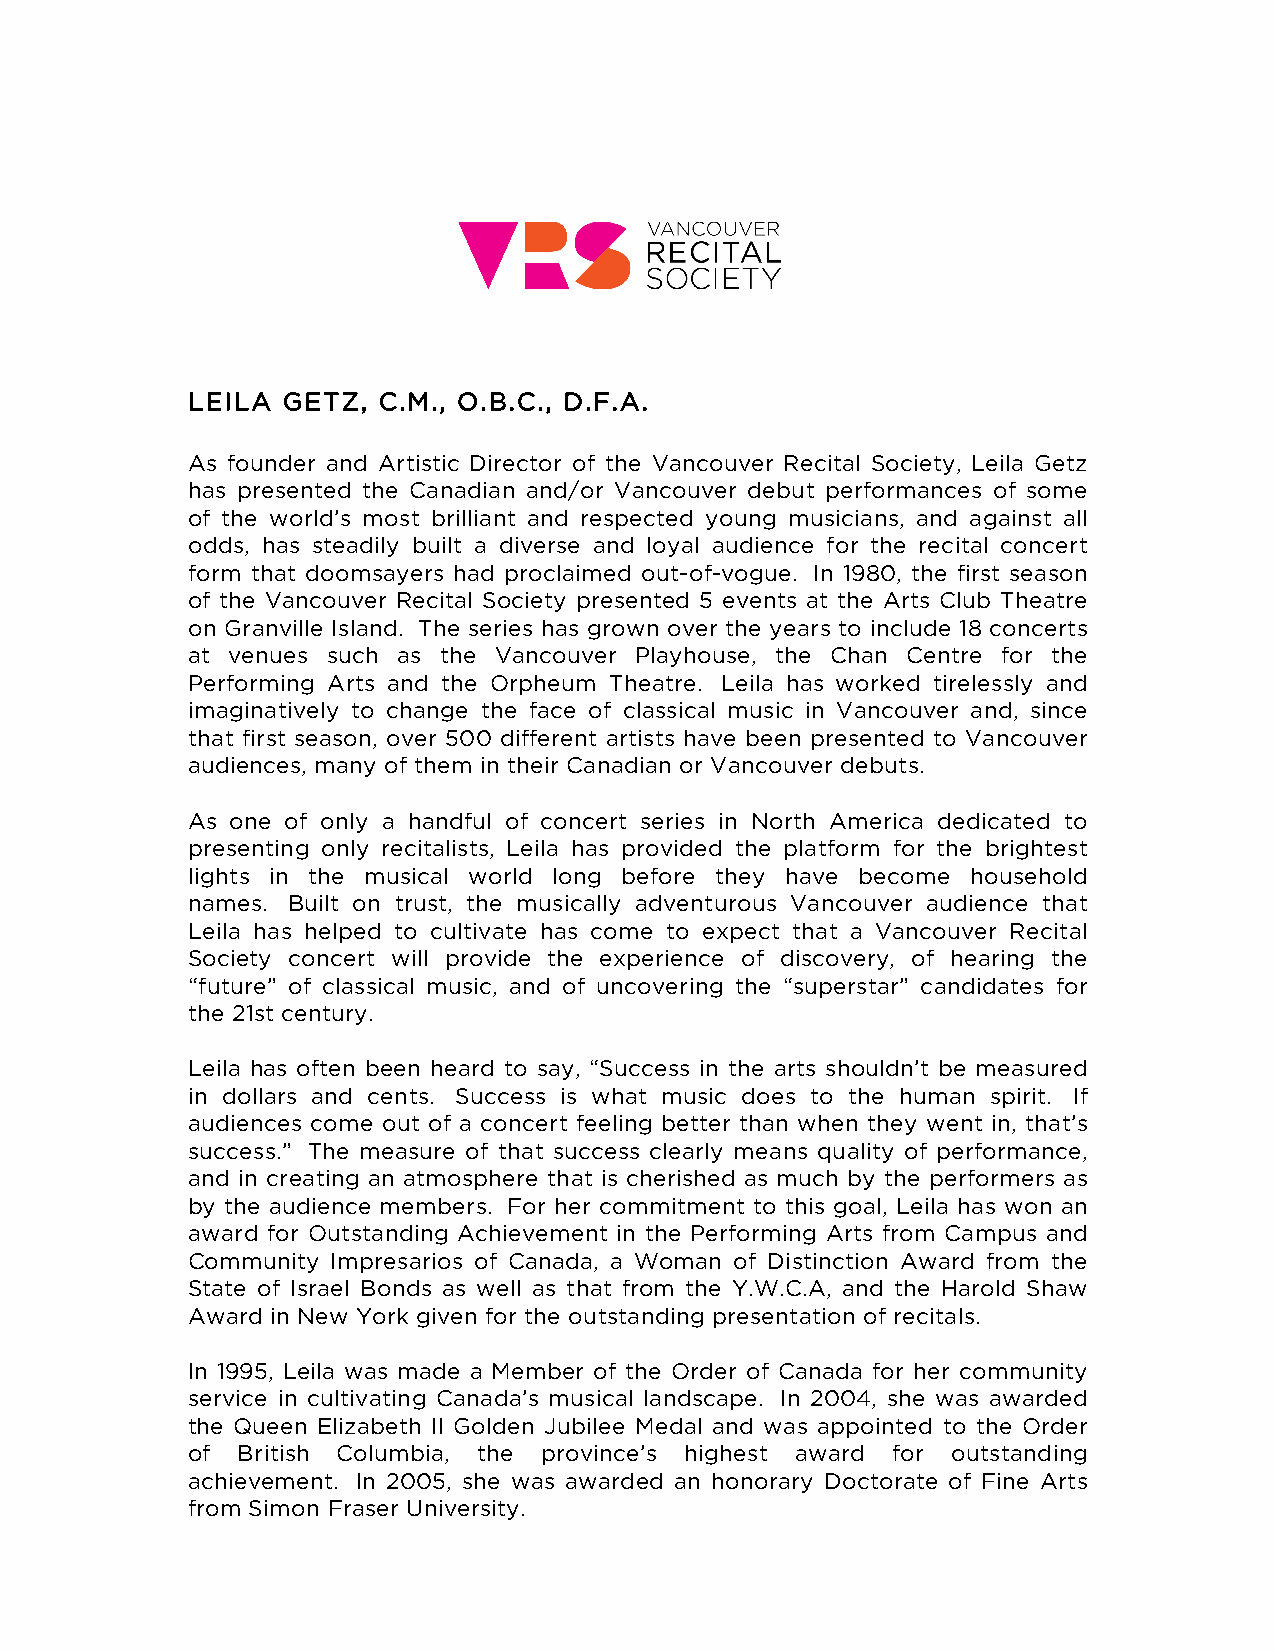
LEILA  GETZ, C.M., O.B.C., D.F.A.
 As founder and Artistic Director of the Vancouver Recital Society, Leila Getz
 has presented the Canadian and/or Vancouver debut performances of some
 of the world’s most brilliant and respected young musicians, and against all
 odds, has steadily built a diverse and loyal audience for the recital concert
 form that doomsayers had proclaimed out-of-vogue. In 1980, the first season
 of the Vancouver Recital Society presented 5 events at the Arts Club Theatre
 on Granville Island. The series has grown over the years to include 18 concerts
 at venues such as the Vancouver Playhouse, the Chan Centre for the
 Performing Arts and the Orpheum Theatre. Leila has worked tirelessly and
 imaginatively to change the face of classical music in Vancouver and, since
 that first season, over 500 different artists have been presented to Vancouver
 audiences, many of them in their Canadian or Vancouver debuts.
 As one of only a handful of concert series in North America dedicated to
 presenting only recitalists, Leila has provided the platform for the brightest
 lights in the musical world long before they have become household
 names. Built on trust, the musically adventurous Vancouver audience that
 Leila has helped to cultivate has come to expect that a Vancouver Recital
 Society concert will provide the experience of discovery, of hearing the
 “future” of classical music, and of uncovering the “superstar” candidates for
 the 21st century.
 Leila has often been heard to say, “Success in the arts shouldn’t be measured
 in dollars and cents. Success is what music does to the human spirit. If
 audiences come out of a concert feeling better than when they went in, that’s
 success.” The measure of that success clearly means quality of performance,
 and in creating an atmosphere that is cherished as much by the performers as
 by the audience members. For her commitment to this goal, Leila has won an
 award for Outstanding Achievement in the Performing Arts from Campus and
 Community Impresarios of Canada, a Woman of Distinction Award from the
 State of Israel Bonds as well as that from the Y.W.C.A, and the Harold Shaw
 Award in New York given for the outstanding presentation of recitals.
 In 1995, Leila was made a Member of the Order of Canada for her community
 service in cultivating Canada’s musical landscape. In 2004, she was awarded
 the Queen Elizabeth II Golden Jubilee Medal and was appointed to the Order
 of  British Columbia, the province’s highest award for outstanding
 achievement. In 2005, she was awarded an honorary Doctorate of Fine Arts
 from Simon Fraser University.